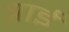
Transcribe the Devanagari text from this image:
त्राई